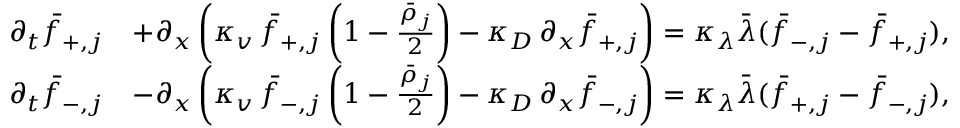
\begin{array} { r } { \begin{array} { r l } { \partial _ { t } \bar { f } _ { + , j } } & { + \partial _ { x } \left( \kappa _ { v } \, \bar { f } _ { + , j } \left( 1 - \frac { \bar { \rho } _ { j } } { 2 } \right) - \kappa _ { D } \, \partial _ { x } \bar { f } _ { + , j } \right) = \kappa _ { \lambda } \bar { \lambda } ( \bar { f } _ { - , j } - \bar { f } _ { + , j } ) , } \\ { \partial _ { t } \bar { f } _ { - , j } } & { - \partial _ { x } \left( \kappa _ { v } \, \bar { f } _ { - , j } \left( 1 - \frac { \bar { \rho } _ { j } } { 2 } \right) - \kappa _ { D } \, \partial _ { x } \bar { f } _ { - , j } \right) = \kappa _ { \lambda } \bar { \lambda } ( \bar { f } _ { + , j } - \bar { f } _ { - , j } ) , } \end{array} } \end{array}